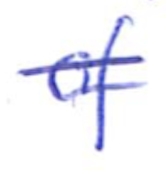
Text: of
Cross-out: single-line
Writing tool: ballpoint